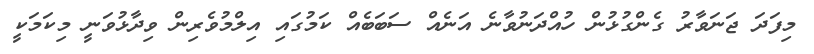
މިފަދަ ޖަނަވާރު ގެންގުޅުން ހުއްދަނުވާނެ އަނެއް ސަބަބެއް ކަމުގައި އިލްމުވެރިން ވިދާޅުވަނީ މިކަމަކީ